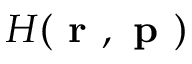
H ( \textbf { r } , \textbf { p } )